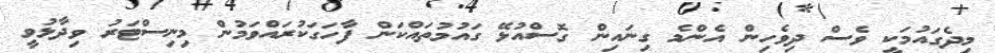
މިދެގައުމަކީ ވެސް ދިވެހިން އެންމެ ގިނައިން ގޮސްއުޅޭ ގައުމުތައްކަން ފާހަގަކުރައްވަމުން މިނިސްޓަރު ވިދާޅުވީ